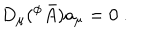
LaTeX: D _ { \mu } ( ^ { \phi } \bar { A } ) a _ { \mu } = 0 \ .